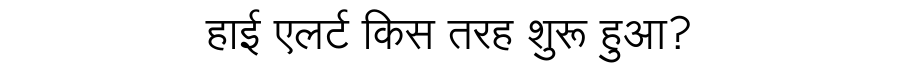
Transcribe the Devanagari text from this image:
हाई एलर्ट किस तरह शुरू हुआ?